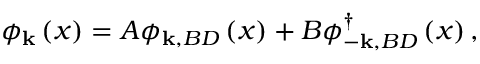
\phi _ { \mathbf { k } } \left( x \right) = A \phi _ { \mathbf { k , } B D } \left( x \right) + B \phi _ { - \mathbf { k , } B D } ^ { \dagger } \left( x \right) ,